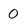
Character: 0